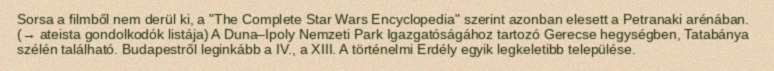
Sorsa a filmből nem derül ki, a "The Complete Star Wars Encyclopedia" szerint azonban elesett a Petranaki arénában. (→ ateista gondolkodók listája) A Duna–Ipoly Nemzeti Park Igazgatóságához tartozó Gerecse hegységben, Tatabánya szélén található. Budapestről leginkább a IV., a XIII. A történelmi Erdély egyik legkeletibb települése.